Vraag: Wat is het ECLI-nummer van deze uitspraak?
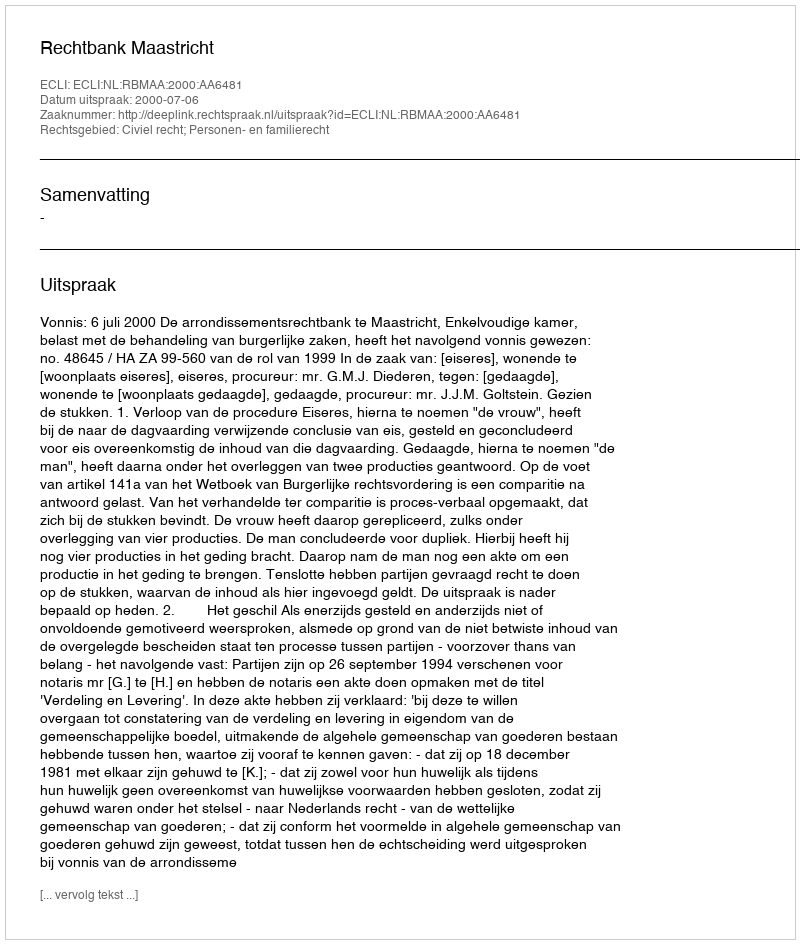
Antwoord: ECLI:NL:RBMAA:2000:AA6481